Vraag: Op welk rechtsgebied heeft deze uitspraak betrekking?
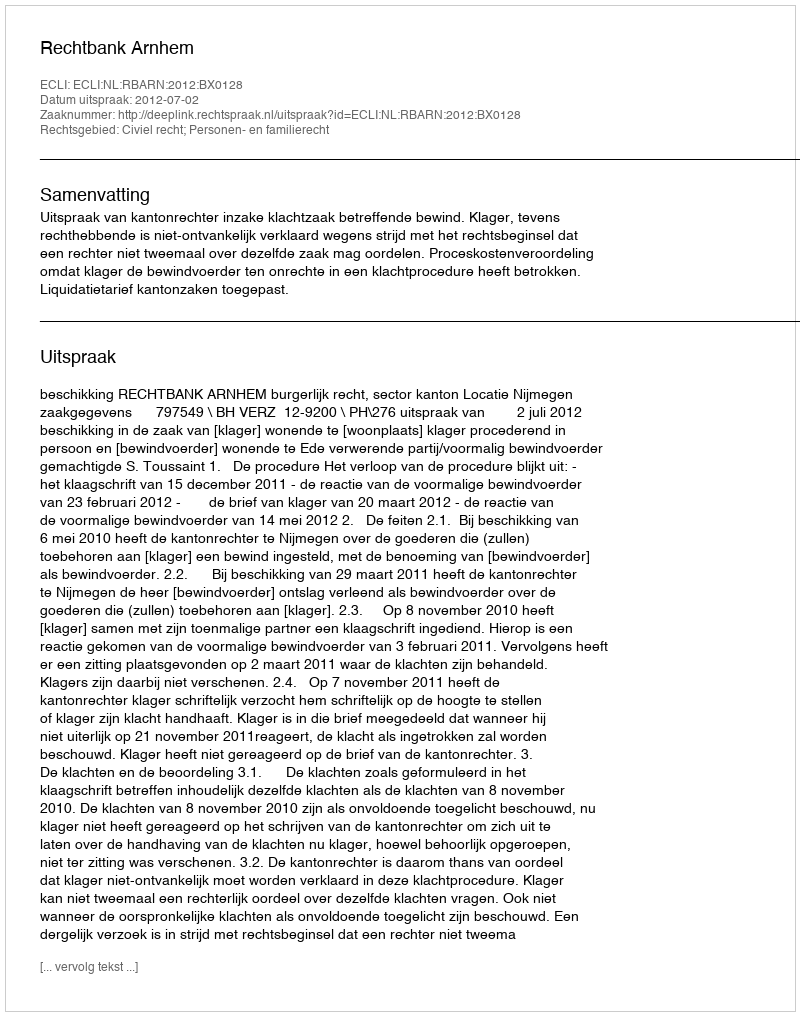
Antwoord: Civiel recht; Personen- en familierecht